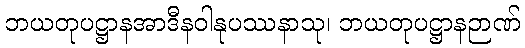
ဘယတုပဋ္ဌာနအာဒီနဝါနုပဿနာသု၊ ဘယတုပဋ္ဌာနဉာဏ်